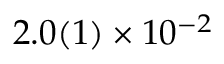
2 . 0 ( 1 ) \times 1 0 ^ { - 2 }